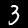
Digit: 3